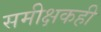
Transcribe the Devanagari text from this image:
समीक्षकही